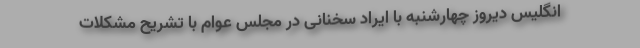
انگلیس دیروز چهارشنبه با ایراد سخنانی در مجلس عوام با تشریح مشکلات